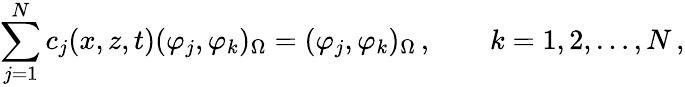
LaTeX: \sum_{j=1}^{N}c_{j}(x,z,t)(\varphi_{j},\varphi_{k})_{\Omega}=(\varphi_{j},\varphi_{k})_{\Omega}\, ,\qquad k=1,2,\ldots,N\, ,